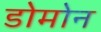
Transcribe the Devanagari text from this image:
डोमोन